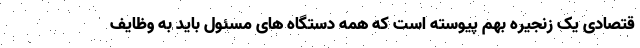
قتصادی یک زنجیره بهم پیوسته است که همه دستگاه های مسئول باید به وظایف